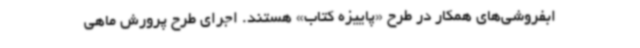
ابفروشی‌های همکار در طرح «پاییزه کتاب» هستند. اجرای طرح پرورش ماهی